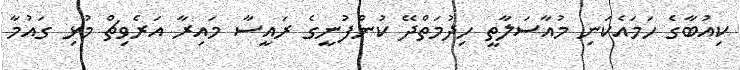
ކިއުބާގެ ހަމައެކަނި މުއާސަލާތީ ހިދުމަތްދޭ ކުންފުނީގެ ރައީސާ މައިރާ އަރެވިޗް މުޅި ގައުމާ